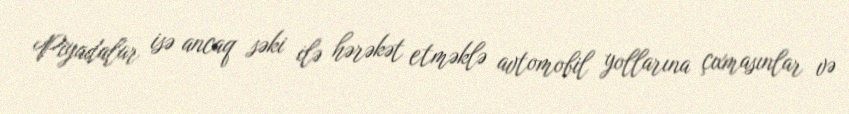
Piyadalar isə ancaq səki ilə hərəkət etməklə avtomobil yollarına çıxmasınlar və